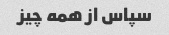
سپاس از همه چیز